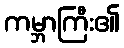
ကမ္ဘာကြီး၏